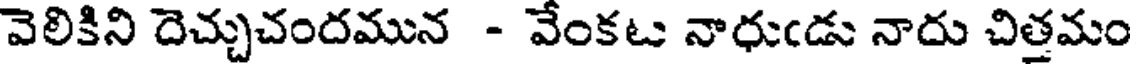
వెలికిని దెచ్చుచందమున - వేంకట నాధుఁడు నాదు చిత్తమం